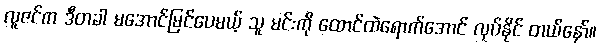
လူဇင်က ဒီတခါ မအောင်မြင်ပေမယ့် သူ မင်းကို ထောင်ထဲရောက်အောင် လုပ်နိုင် တယ်နော်။